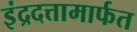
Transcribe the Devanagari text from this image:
इंद्रदत्तामार्फत